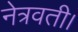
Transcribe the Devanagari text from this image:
नेत्रवती।